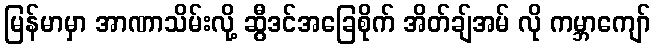
မြန်မာမှာ အာဏာသိမ်းလို့ ဆွီဒင်အခြေစိုက် အိတ်ချ်အမ် လို ကမ္ဘာကျော်